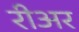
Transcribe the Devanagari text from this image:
रीअर